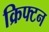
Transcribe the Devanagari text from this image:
क्रिफ्टन